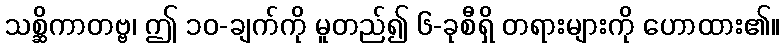
သစ္ဆိကာတဗ္ဗ၊ ဤ ၁၀-ချက်ကို မူတည်၍ ၆-ခုစီရှိ တရားများကို ဟောထား၏။